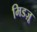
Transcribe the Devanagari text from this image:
मिडज़ू